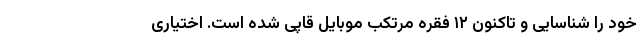
خود را شناسایی و تاکنون ۱۲ فقره مرتکب موبایل قاپی شده است. اختیاری